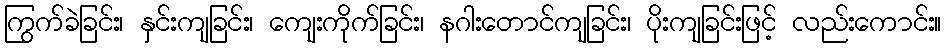
ကြွက်ခဲခြင်း၊ နှင်းကျခြင်း၊ ကျေးကိုက်ခြင်း၊ နဂါးတောင်ကျခြင်း၊ ပိုးကျခြင်းဖြင့် လည်းကောင်း။